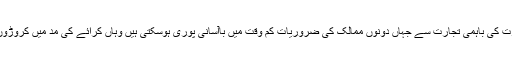
ایک بیان میں خامس سعید بٹ نے کہا کہ پاکستان اور بھارت کی باہمی تجارت سے جہاں دونوں ممالک کی ضروریات کم وقت میں باآسانی پوری ہوسکتی ہیں وہاں کرائے کی مد میں کروڑوں روپے کی بچت ہوسکتی ہے جس سے عوم کو فائدہ ہوگا۔